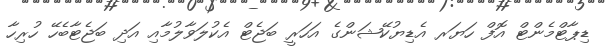
ޑިޕާޓްމެންޓް އޮފް ހަޔަރ އެޑިޔުކޭޝަންގެ އަހަރީ ބަޖެޓް އެކުލަވާލުމާއި އަދި ބަޖެޓާބެހޭ ހުރިހާ